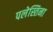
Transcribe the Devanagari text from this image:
पलेस्तिना